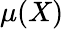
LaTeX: \mu(X)